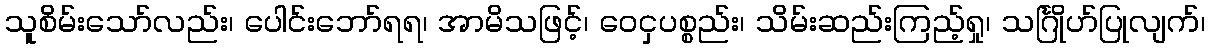
သူစိမ်းသော်လည်း၊ ပေါင်းဘော်ရရ၊ အာမိသဖြင့်၊ ဝေငှပစ္စည်း၊ သိမ်းဆည်းကြည့်ရှု၊ သင်္ဂြိုဟ်ပြုလျက်၊